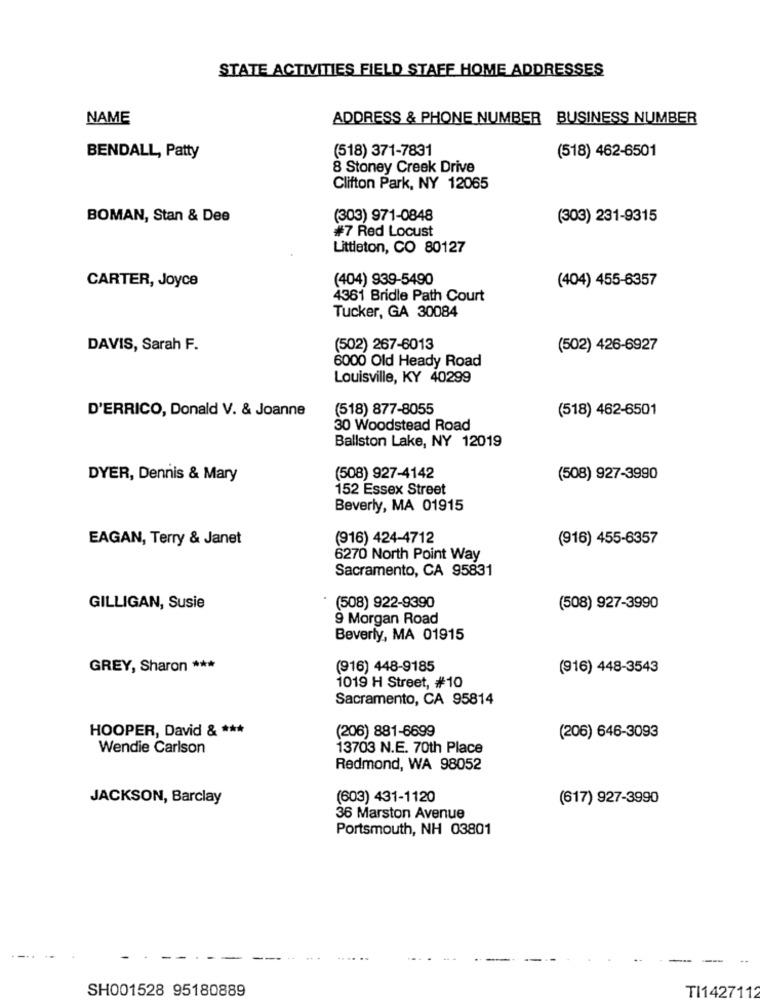
STATE ACTIVITIES FIELD STAFF HOME ADDRESSES
NAME
ADDRESS & PHONE NUMBER BUSINESS NUMBER
(518) 371-7831
(518) 462-6501
BENDALL, Patty
8 Stoney Creek Drive
Clifton Park, NY 12065
BOMAN, Stan & Dee
(303) 971-0848
(303) 231-9315
#7 Red Locust
Littleton, CO 80127
CARTER, Joyce
(404) 939-5490
(404) 455-6357
4361 Bridle Path Court
Tucker, GA 30084
DAVIS, Sarah F.
(502) 267-6013
(502) 426-6927
6000 Old Heady Road
Louisville, KY 40299
(518) 877-8055
(518) 462-6501
D'ERRICO, Donald V. & Joanne
30 Woodstead Road
Ballston Lake, NY 12019
DYER, Dennis & Mary
(508) 927-4142
(508) 927-3990
152 Essex Street
Beverly, MA 01915
EAGAN, Terry & Janet
(916) 424-4712
(916) 455-6357
6270 North Point Way
Sacramento, CA 95831
GILLIGAN, Susie
(508) 922-9390
(508) 927-3990
9 Morgan Road
Beverly, MA 01915
GREY, Sharon ***
(916) 448-9185
(916) 448-3543
1019 H Street, #10
Sacramento, CA 95814
HOOPER, David & ***
(206) 881-6699
(206) 646-3093
Wendie Carlson
13703 N.E. 70th Place
Redmond, WA 98052
JACKSON, Barclay
(603) 431-1120
(617) 927-3990
36 Marston Avenue
Portsmouth, NH 03801
SH001528 95180889
TI1427112